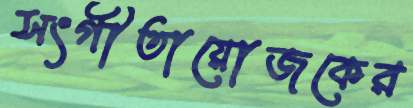
সংগীতায়োজকের